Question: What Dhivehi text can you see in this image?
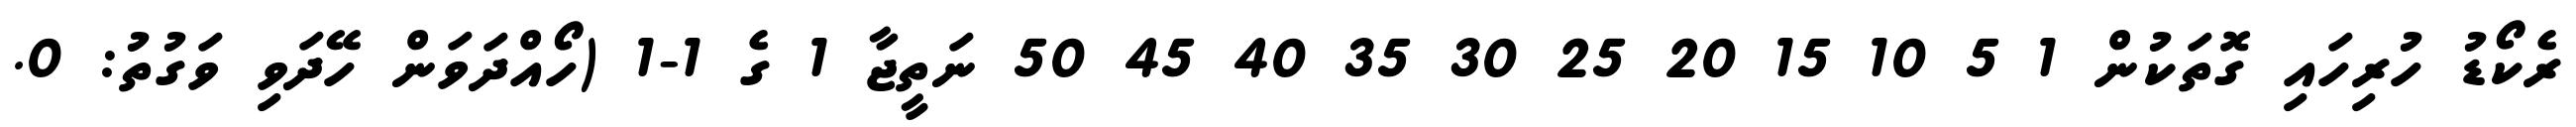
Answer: ރެކޯޑު ހުރިހައި ގޮތަކުން 1 5 10 15 20 25 30 35 40 45 50 ނަތީޖާ 1 ގެ 1-1 (ހޯއްދަވަން ހޭދަވި ވަގުތު: 0.